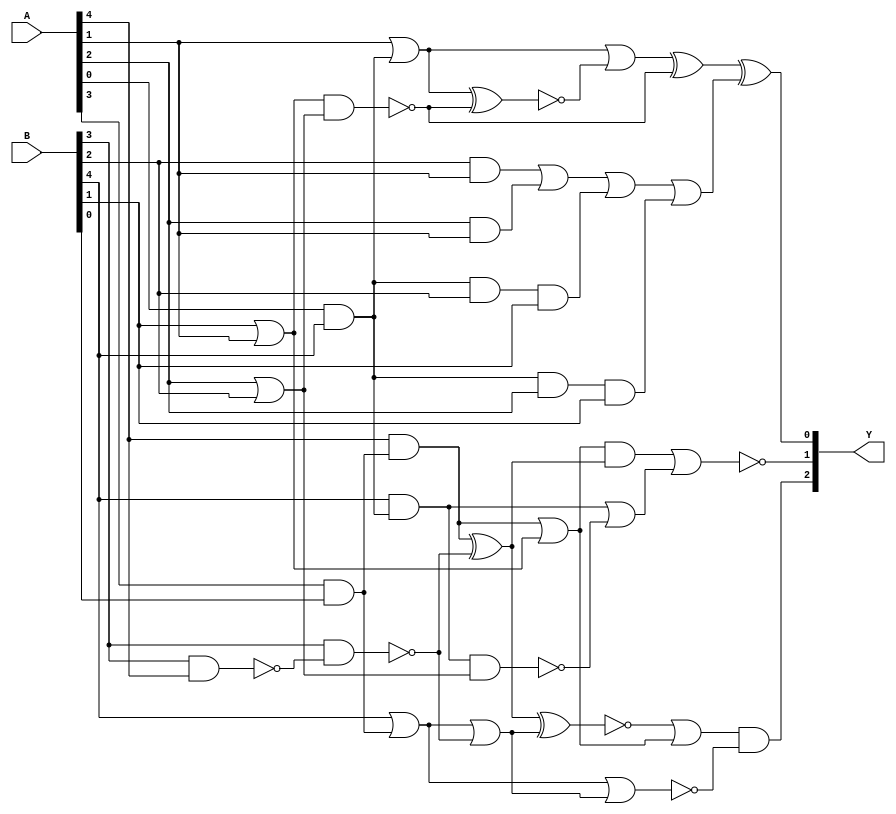
module test_6(Y,A,B);
	input [4:0]A, B;
	output [2:0]Y;
	wire [21:0]W;
	wire sub_wire0, w_eco0, w_eco1, w_eco2, w_eco3, w_eco4;

	and and_1(W[1], A[0], B[4]);
	and and_2(W[2], A[3], B[0]);
	and and_3(W[7], B[4], W[1]);
	and and_4(W[8], A[4], W[2]);
	and and_5(W[14], W[3], W[4]);
	and and_6(Y[2], W[0], W[20]);
	nand nand_1(W[21], B[3], A[4]);
	nand nand_2(W[12], W[5], W[6]);
	nand nand_3(W[10], B[3], W[21]);
	nand nand_4(W[17], W[7], W[6]);
	nor nor_1(Y[1], W[14], W[15]);
	or or_1(W[6], A[2], B[2]);
	or or_2(W[5], B[1], A[1]);
	or or_3(W[11], A[1], W[1]);
	or or_4(W[9], B[4], W[2]);
	or or_5(W[3], W[8], W[5]);
	or or_6(W[13], W[9], W[10]);
	or or_7(W[19], W[11], W[16]);
	or or_8(W[15], W[7], W[17]);
	or or_9(W[0], W[18], W[3]);
	xnor xnor_1(W[16], W[11], W[12]);
	xnor xnor_2(W[18], W[4], W[13]);
	xor xor_1(W[4], W[8], W[10]);
	nor nor_2(W[20], W[9], W[13]);
	xor xor_2(sub_wire0, W[19], W[12]);
	and _ECO_0(w_eco0, B[2], A[1]);
	and _ECO_1(w_eco1, A[2], A[1]);
	and _ECO_2(w_eco2, A[0], B[4], B[2], B[1]);
	and _ECO_3(w_eco3, A[0], B[4], A[2], B[1]);
	or _ECO_4(w_eco4, w_eco0, w_eco1, w_eco2, w_eco3);
	xor _ECO_out0(Y[0], sub_wire0, w_eco4);

endmodule